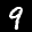
Label: 9